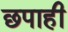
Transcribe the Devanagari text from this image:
छपाही